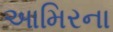
આમિરના